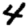
Digit: 4